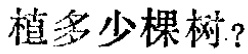
植多少棵树？